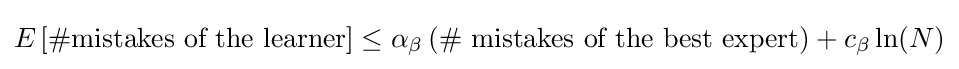
E\left[\#{\text{mistakes of the learner}}\right]\leq \alpha _{\beta }\left(\#{\text{ mistakes of the best expert}}\right)+c_{\beta }\ln(N)